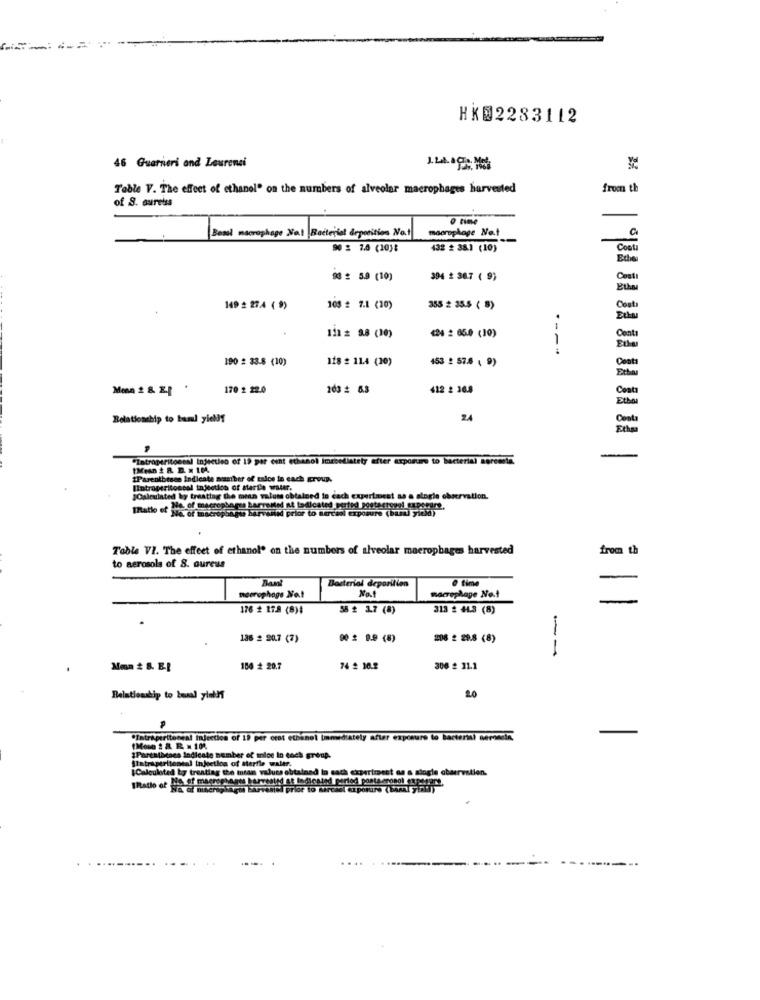
HK@2283112
46 Guarneri and Zeurenei
Table V. The effect of ethanol" on the numbers of alveolar macrophages harvested
from th
of S. aurelss
Bossi macrophage Nal Bacterial deposition Nat
macrophage Net
---
90 2 7.6 (10):
438 2 38.1 (10)
Costa
93 2 5.9 (10)
394 2 367 ( 9)
Cost
Etha
149 2 27.4 ( 9)
105 # 7.1 (10)
355 2 35.5 ( 8)
Cost
111 = 9.8 (10)
€20 : 65.0 (10)
----
190 2 33.8 (10)
118 2 11.4 (20)
453 2 57.8 ( 9)
Monn 2 8. 2.1
170 2 22.0
203 # 5.3
412 2 36.8
Cost
Etho
Relationship to baml yielf
24
Cesta
"Intraperitoneal injectien of 19 per cent ethanol Imebedlately efter exposure to bacterial seremla,
nibesce Indicate manther of talce in each group.
Intraperitoneal injection of starthe water.
JCalculated by treatlag the mean values obtained in cach experiment as a alog
observation.
[Ratio of Me, of macrophago barvastid prior to Berceal exposure (bass) yrick))
Na. of macrophages harvested nt todicated perted_postecrogol expora
Table VI. The effect of ethanol' on the numbers of alveolar macrophages harvested
from th
to aerosols of S. aureus
Bacterial deporition
0 time
Not
necrophoge Net
macrophage No.t
-
176 2 17.8 (8)4
58 2 3.7 (8)
313 # 44.3 (8)
136 2 90.7 (7)
90 2 9.9 (8)
208 2 29.8 (8)
- --
Mon # 8. B.I
104 # 20.7
74 2 10.2
306 2 11.1
Relationship to boual yint !!
20
·Intraperitoneal Injection of 19 per erat ethanol Immediately after exposure to bacterini seronsin,
-
IPartalbises Indicate number of mioe In each group.
SIntraperitoneal Injection of sterile water.
¡Calculated by treating the Intam values obtained in sach experiment aa a single observation.